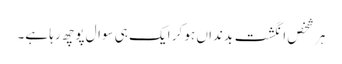
ہر شخص انگشت بدنداں ہو کر ایک ہی سوال پوچھ رہا ہے۔